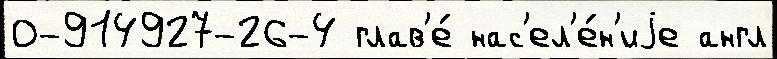
0-914927-26-4 глав'е́ нас'ел'е́н'иjе англ